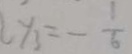
y _ { 3 } = - \frac { 1 } { 6 }